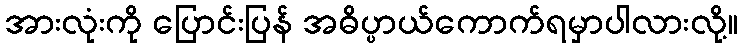
အားလုံးကို ပြောင်းပြန် အဓိပ္ပာယ်ကောက်ရမှာပါလားလို့။